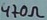
Text: 470Ω